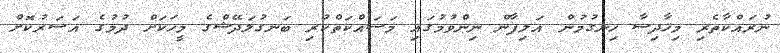
ނުރައްކާތެރި މިހާދިސާ ހިނގުމުން އަލިފާން ނިންވުމުގައި މަަސައްކަތްކުރި ބަނގުލަދޭޝްގެ މީހަކަށް ދުމުގެ އަސަރުކޮށް